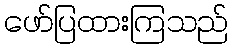
ဖော်ပြထားကြသည်